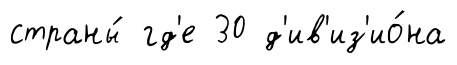
страны́ гд'е 30 д'ив'из'ио́на